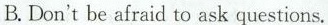
B.Don't be afraid to ask questions.